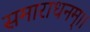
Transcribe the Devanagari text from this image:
समाराधनम्।।